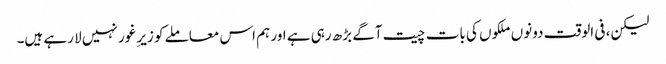
لیکن، فی الوقت دونوں ملکوں کی بات چیت آگے بڑھ رہی ہے اور ہم اس معاملے کو زیرِ غور نہیں لا رہے ہیں۔